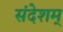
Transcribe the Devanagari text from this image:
संदेशम्